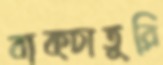
বাক্‌চাতুরি